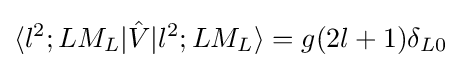
\langle l^{2};LM_{L}|{\hat {V}}|l^{2};LM_{L}\rangle =g(2l+1)\delta _{L0}